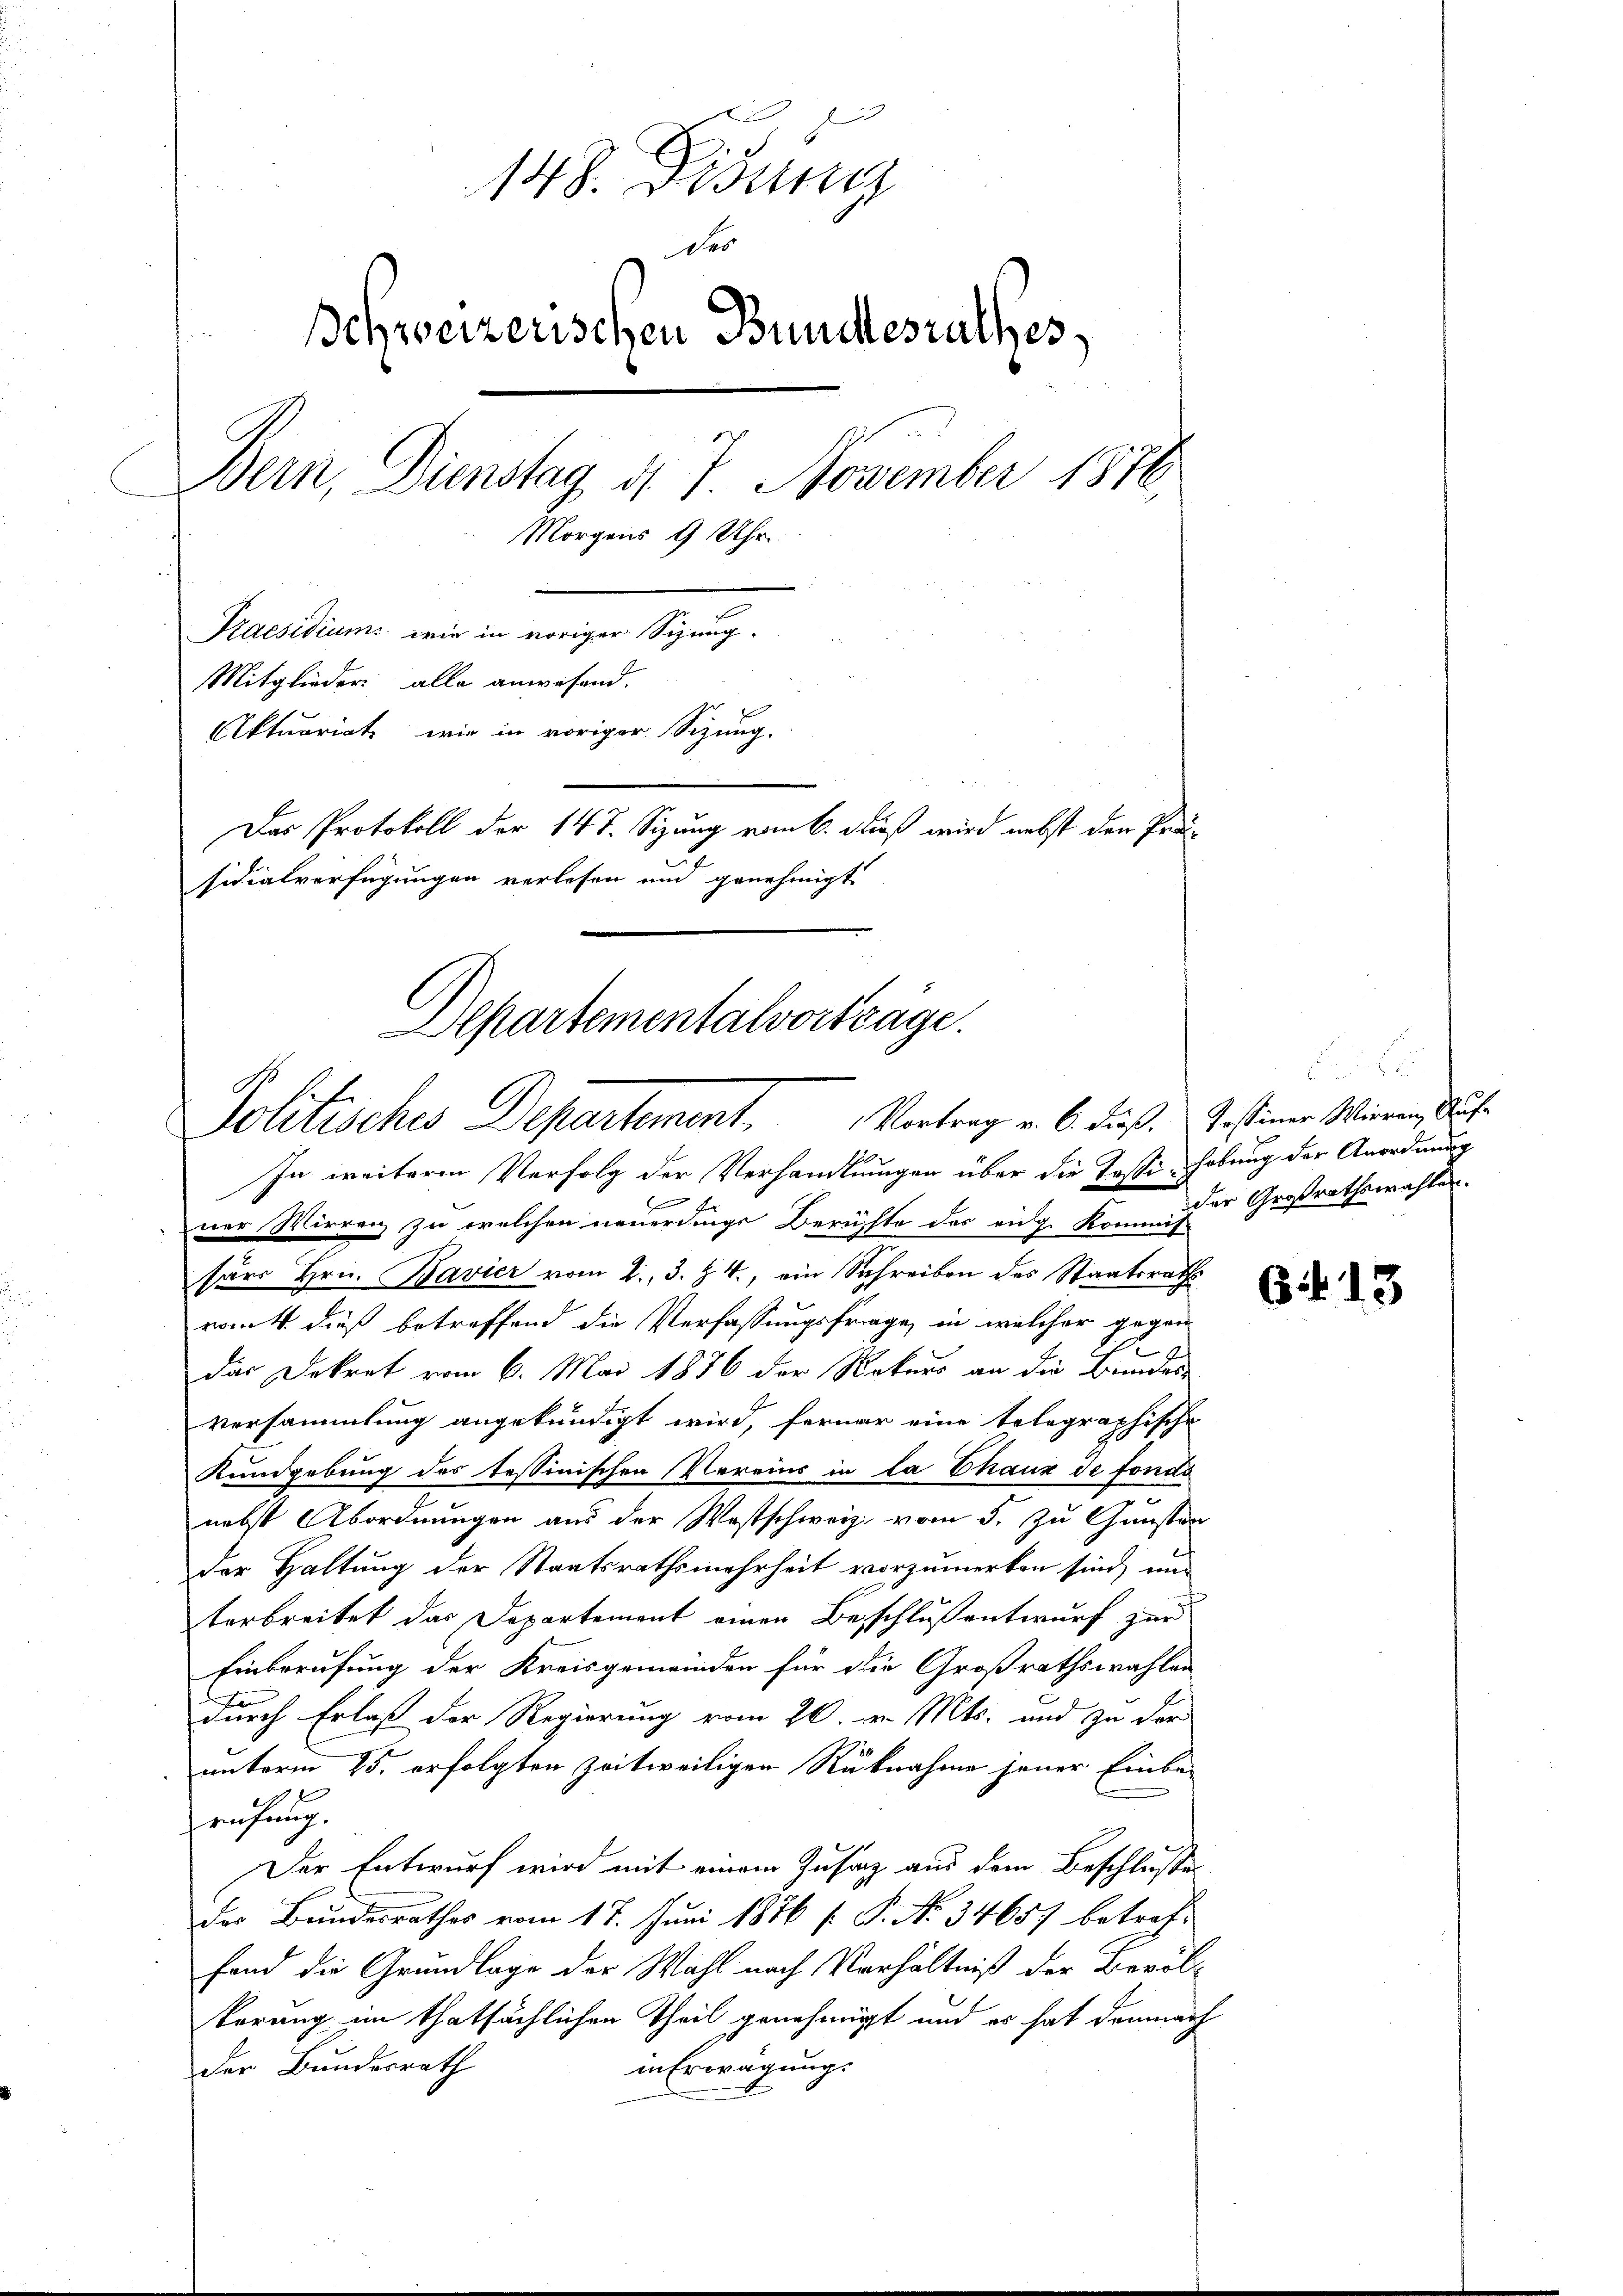
2
148. Disung
der
Ichweizerischen Bundesrathes,
Bern, Dienstag d. 7. November 1876.
Morgens 9 Uhr
Praesidium wie in voriger Sizung.
Mitglieder alle anwesend.
Aktuariat wie in voriger Sizung.
Das Protokoll der 147. Sizung vom 6. dieß wird nebst der Prä-
sidialverfügungen verlesen und genehmigt
Apartementalvorträge.

f.
Solitisches Departement Vortrag v. 6. dieß. Gesiner Wieren, Art.
In weiteren Verfolg der Verhandlungen über die Tassi-Hobung der Anordnung
|

ner Wirren zu welchen neuerdings Berüchte des eidg. Kommis
särs Hrn. Bavier vom 2. 3. Z. 4., ein Schreiben des Staatsrathe
roit dieß betreffend die Verfassungsfrage, in welcher gegen
das Dekret vom 6. Mai 1886 der Rekurs an die Bundes-
versammlung angekündigt wird, ferner eine telegraphische
Kundgebung des Tessinischen Vereins in la Chaux de fonde
nebst Abordnungen aus der Westschweiz vom 3. zu Gunsten
der Haltung der Staatsrathsmehrheit vorzumerken sind, un
¬
terbreitet das Departement einen Beschluß entwurf zur
Einberufung der Kreisgemeinden für die Großrathswahlen
durch Erlaß der Regierung vom 26 t Mts. und zu der
unterm 25. erfolgten zeitweiligen Rücknahme jener Einbe-
rühung.
Der Entwurf wird mit einem Zusatz aus dem Beschlußes
des Bundesrathes vom 17. Juni 1876 [ P. No 34657 betreffand die Grundlage der Wahl nach Verhältniß der Bevöl
törung im thatsächlichen Theil genehmigt und es hat demnach
in Erwägung.
der Bundesrath

der Großrathswahlen.

G. 13